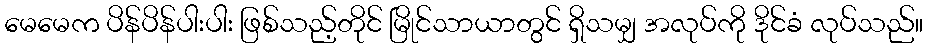
မေမေက ပိန်ပိန်ပါးပါး ဖြစ်သည့်တိုင် မြိုင်သာယာတွင် ရှိသမျှ အလုပ်ကို ဒိုင်ခံ လုပ်သည်။